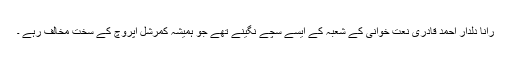
رانا دلدار احمد قادری نعت خوانی کے شعبہ کے ایسے سچے نگینے تھے جو ہمیشہ کمرشل اپروچ کے سخت مخالف رہے ۔